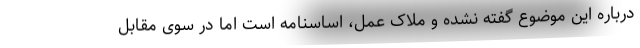
درباره این موضوع گفته نشده و ملاک عمل، اساسنامه است اما در سوی مقابل